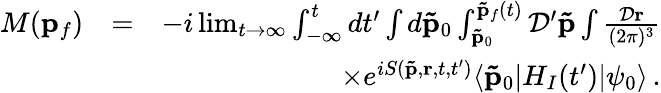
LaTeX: \begin{array}{rlr}{M(\mathbf{p}_{f})}&{=}&{-i\operatorname*{lim}_{t\rightarrow\infty}\int_{-\infty}^{t}dt^{\prime}\int d\mathbf{\tilde{p}}_{0}\int_{\mathbf{\tilde{p}}_{0}}^{\mathbf{\tilde{p}}_{f}(t)}\mathcal{D}^{\prime}\mathbf{\tilde{p}}\int\frac{\mathcal{D}\mathbf{r}}{(2\pi)^{3}}}\\ &{}&{\times e^{iS(\mathbf{\tilde{p}},\mathbf{r},t,t^{\prime})}\langle\mathbf{\tilde{p}}_{0}|H_{I}(t^{\prime})|\psi_{0}\rangle\, .}\end{array}